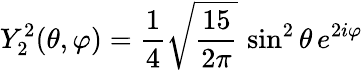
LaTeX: Y_{2}^{2}(\theta,\varphi)={\frac{1}{4}}{\sqrt{\frac{15}{2\pi}}}\, \sin^{2}\theta\, e^{2i\varphi}